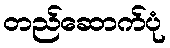
တည်ဆောက်ပုံ